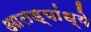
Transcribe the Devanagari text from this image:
आतड्यांध्ये